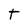
Character: T